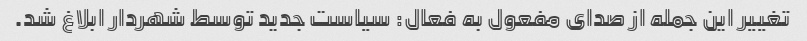
تغییر این جمله از صدای مفعول به فعال: سیاست جدید توسط شهردار ابلاغ شد.